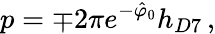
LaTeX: p=\mp 2\pi e^{-\hat{\varphi}_{0}}h_{D7}\, ,